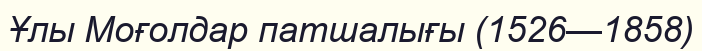
Ұлы Моғолдар патшалығы (1526—1858)